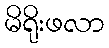
မိရိုးဖလာ